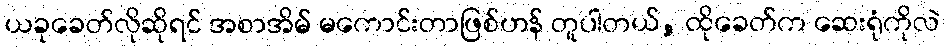
ယခုခေတ်လိုဆိုရင် အစာအိမ် မကောင်းတာဖြစ်ဟန် တူပါတယ်, ထိုခေတ်က ဆေးရုံကိုလဲ